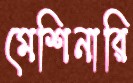
মেশিনারি